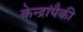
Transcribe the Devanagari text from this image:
केन्द्रांपैकी